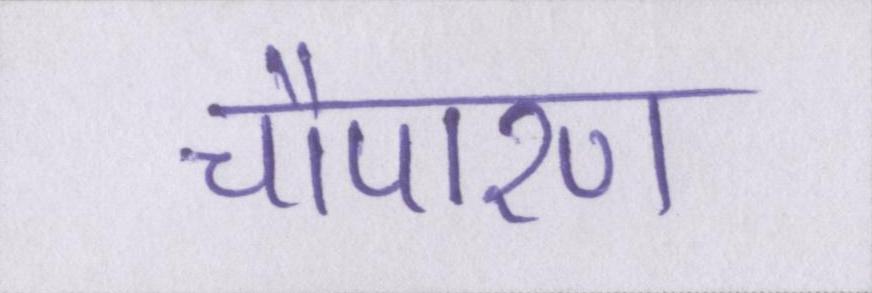
चौपारण